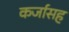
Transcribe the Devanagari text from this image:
कर्जासह